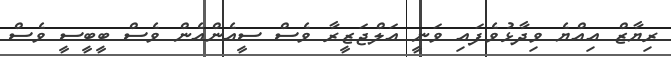
ރިޔާޒް އިއްޔެ ވިދާޅުވެފައި ވަނީ އަލްޖަޒީރާ ވެސް ސީއެންއެން ވެސް ބީބީސީ ވެސް